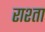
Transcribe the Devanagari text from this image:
राश्ता